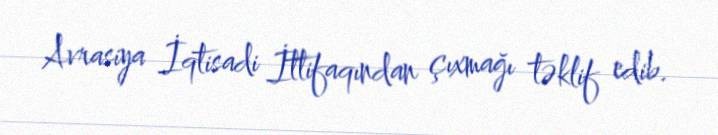
Avrasiya İqtisadi İttifaqından çıxmağı təklif edib.